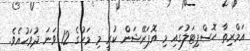
އަމްރިތާ ހޮސްޕިޓަލުގައި މި އޮޕަރޭޝަން ކުރީ މި މަހުގެ 12 ވަނަ ދުވަހުއެވެ.